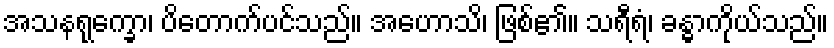
အသနရုက္ခော၊ ပိတောက်ပင်သည်။ အဟောသိ၊ ဖြစ်၏။ သရီရံ၊ ခန္ဓာကိုယ်သည်။